Civil Veterinary Department Bihar & Orissa reports 1911-21 - 1911-1921
Year: 1911
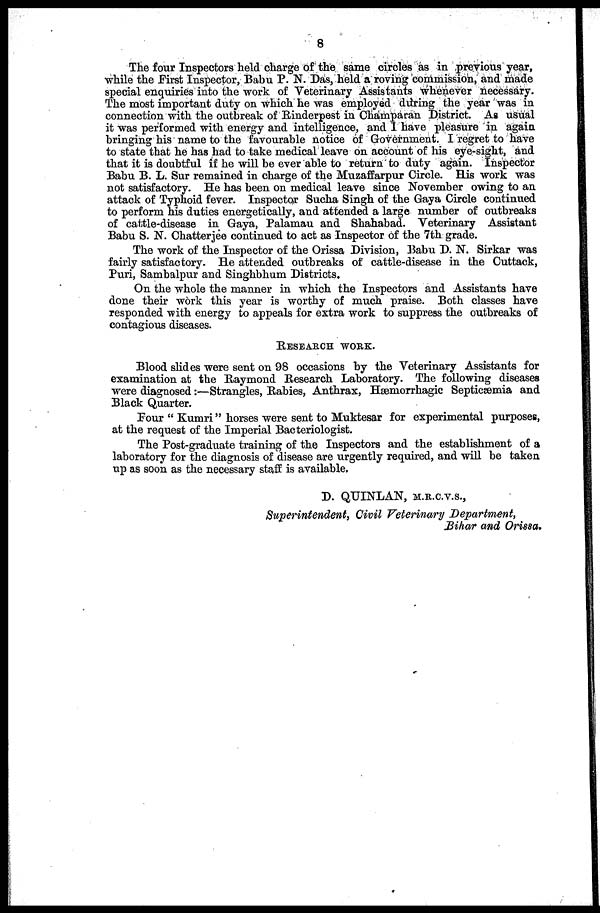
8
The four Inspectors held charge of the same circles as in previous year,
while the First Inspector, Babu P. N. Das, held a roving commission, and made
special enquiries into the work of Veterinary Assistants whenever necessary.
The most important duty on which he was employed during the year was in
connection with the outbreak of Rinderpest in Champaran District. As usual
it was performed with energy and intelligence, and 1 have pleasure in again
bringing his name to the favourable notice of Government. I regret do have
to state that he has had to take medical leave on account of his eye-sight, and
that it is doubtful if he will be ever able to return to duty again. Inspector
Babu B. L. Sur remained in charge of the Muzaffarpur Circle. His work was
not satisfactory. He has been on medical leave since November owing to an
attack of Typhoid fever. Inspector Sucha Singh of the Gaya Circle continued
to perform his duties energetically, and attended a large number of outbreaks
of cattle-disease in Gaya, Palamau and Shahabad. Veterinary Assistant
Bab S.N.Chatterjee continued to act as Inspector of the 7th grade.
The work of the Inspector of the Orissa Division, Babu D. N. Sirkar was
fairly satisfactory. He attended outbreaks of cattle-disease in the Cuttack,
Puri, Sambalpur and Singhbhum Districts.
On the whole the manner in which the Inspectors and Assistants have
done their work this year is worthy of much praise. Both classes have
responded with energy to appeals for extra work to suppress the outbreaks of
contagious diseases.
RESERACH WORK.
Blood slides were sent on 98 occasions by the Veterinary Assistants for
examination at the Raymond Research Laboratory. The following diseases
were diagnosed :—Strangles, Rabies, Anthrax, Hæmorrhagic Septicæmia and
Black Quarter.
Four " Kumri" horses were sent to Muktesar for experimental purposes,
at the request of the Imperial Bacteriologist.
The Post-graduate training of the Inspectors and the establishment of a
laboratory for the diagnosis of disease are urgently required, and will be taken
up as soon as the necessary staff is available,
D. QUINLAN, M.R.C.V.S.,
Superintendent, Civil Veterinary Department,
Bihar and Orissa.